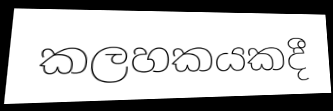
කලහකයකදී